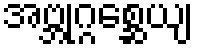
အဗ္ဘုဂ္ဂစ္ဆေယျ